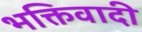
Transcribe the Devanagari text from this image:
भक्तिवादी